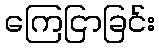
ကြေငြာခြင်း